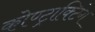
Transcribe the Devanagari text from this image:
कोण्ट्राक्टिंग